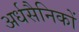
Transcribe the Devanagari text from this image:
अर्धसैनिकों